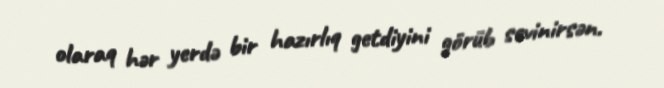
olaraq hər yerdə bir hazırlıq getdiyini görüb sevinirsən.